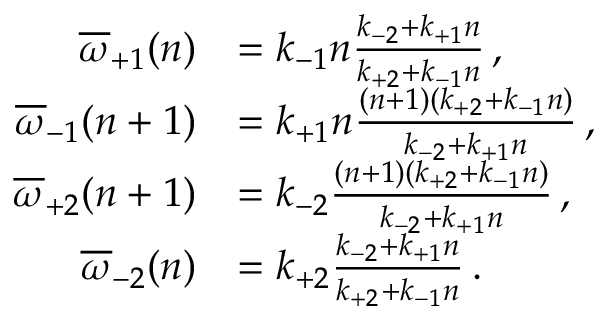
\begin{array} { r l } { \overline { { \omega } } _ { + 1 } ( n ) } & { = k _ { - 1 } n \frac { k _ { - 2 } + k _ { + 1 } n } { k _ { + 2 } + k _ { - 1 } n } \, , } \\ { \overline { { \omega } } _ { - 1 } ( n + 1 ) } & { = k _ { + 1 } n \frac { ( n + 1 ) ( k _ { + 2 } + k _ { - 1 } n ) } { k _ { - 2 } + k _ { + 1 } n } \, , } \\ { \overline { { \omega } } _ { + 2 } ( n + 1 ) } & { = k _ { - 2 } \frac { ( n + 1 ) ( k _ { + 2 } + k _ { - 1 } n ) } { k _ { - 2 } + k _ { + 1 } n } \, , } \\ { \overline { { \omega } } _ { - 2 } ( n ) } & { = k _ { + 2 } \frac { k _ { - 2 } + k _ { + 1 } n } { k _ { + 2 } + k _ { - 1 } n } \, . } \end{array}